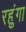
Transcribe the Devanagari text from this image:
रहुंगा